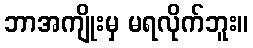
ဘာအကျိုးမှ မရလိုက်ဘူး။